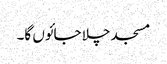
مسجد چلا جائوں گا۔